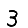
Digit: 3